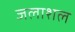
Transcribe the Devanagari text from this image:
जलाशल